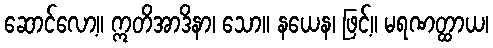
ဆောင်လော့။ ဣတိအာဒိနာ၊ သော။ နယေန၊ ဖြင့်။ မရဏတ္ထာယ၊